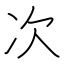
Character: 次